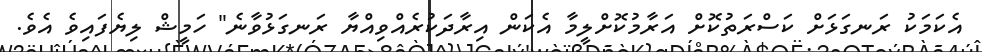
އެކަމަކު ރަނގަޅަށް ކަސްރަތުކޮށް އަރާމުކޮށްލީމާ އެކަން އިރާދަކުރެއްވިއްޔާ ރަނގަޅުވާނެ" ހަމީޝް ލިޔެފައިވެ އެވެ.